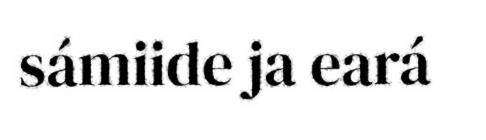
sámiide ja eará